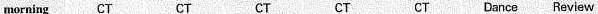
morning CT CT CT CT CT Dance Review